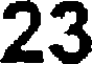
23